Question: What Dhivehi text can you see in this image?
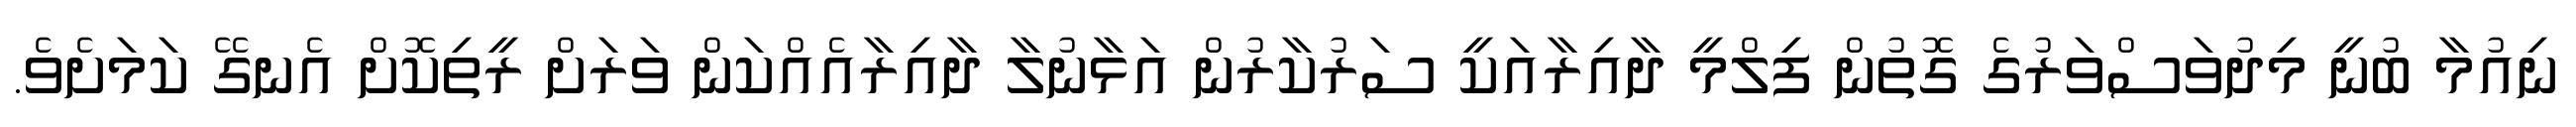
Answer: ނިއުމާ ބުނީ މިދުވަސްވަރުގެ ގޮތުން ފިލްމީ ދާއިރާއަކީ ސަރުކާރުން އަޅާނުލާ ދާއިރާއެއްކަން ވަރަށް ރީތިކޮށް އެނގޭ ކަމަށެވެ.